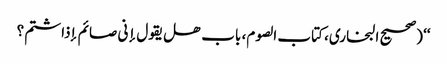
‘‘ (صحیح البخاری، کتاب الصوم، باب ھل یقول إنی صائم إذاشتم؟